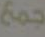
جمع